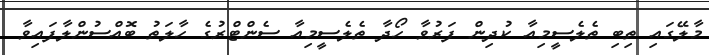
މާލޭގައި ތިބި ތެލެސީމިއާ ކުދިން ފަރުވާ ހޯދާ ތެލެސީމިއާ ސެންޓްރުގެ ހާލަތު ބޮއްސުންލާފައިވާ